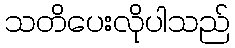
သတိပေးလိုပါသည်